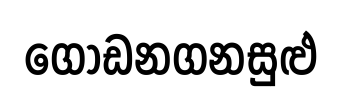
ගොඩනගනසුළු